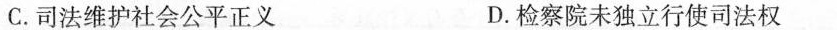
C.司法维护社会公平正义 D.检察院未独立行使司法权